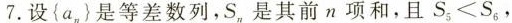
7.设{a_{n}}是等差数列，S_{n}是其前n项和，且S_{5}<S_{6}，